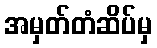
အမှတ်တံဆိပ်မှ